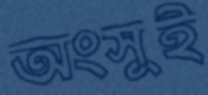
অংসুই